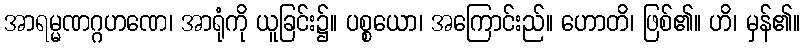
အာရမ္မဏဂ္ဂဟဏေ၊ အာရုံကို ယူခြင်း၌။ ပစ္စယော၊ အကြောင်းည်။ ဟောတိ၊ ဖြစ်၏။ ဟိ၊ မှန်၏။